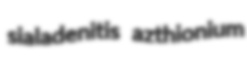
sialadenitis azthionium